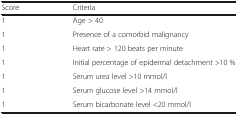
| Score | Criteria |
 | --- | --- |
 | 1 | Age > 40 |
 | 1 | Presence of a comorbid malignancy |
 | 1 | Heart rate > 120 beats per minute |
 | 1 | Initial percentage of epidermal detachment >10 % |
 | 1 | Serum urea level >10 mmol/l |
 | 1 | Serum glucose level >14 mmol/l |
 | 1 | Serum bicarbonate level <20 mmol/l |